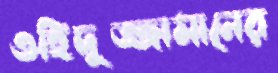
ওহিদুজ্জামানের